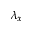
\lambda _ { x }